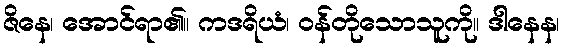
ဇိနေ၊ အောင်ရာ၏။ ကဒရိယံ၊ ဝန်တိုသောသူကို။ ဒါနေန၊